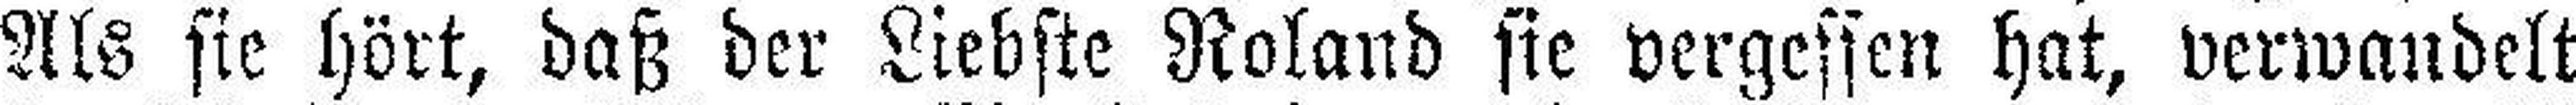
Als sie hört, daß der Liebste Roland sie vergessen hat, verwandelt